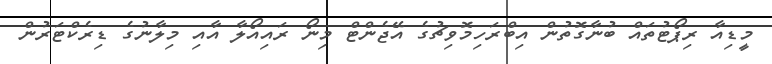
މީޑިއާ ރިޕޯޓުތައް ބުނާގޮތުން އިބްރަހިމޮވިޗުގެ އޭޖެންޓް މިނޯ ރައިއޯލާ އާއި މިލާނުގެ ޑިރެކްޓަރުން